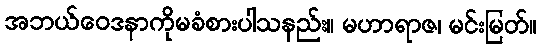
အဘယ်ဝေဒနာကိုမခံစားပါသနည်း။ မဟာရာဇ၊ မင်းမြတ်။